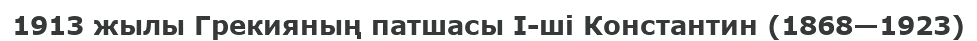
1913 жылы Грекияның патшасы І-ші Константин (1868—1923)